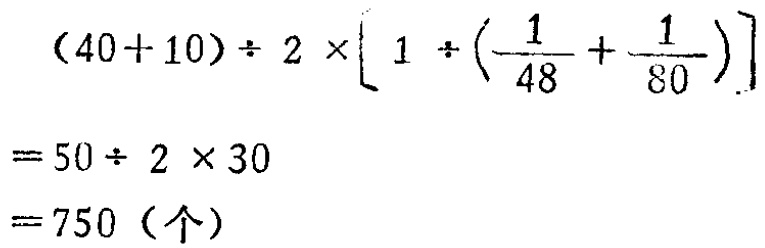
\[
\begin{align*}
&(40 + 10)\div 2\times\left[1\div\left(\frac{1}{48}+\frac{1}{80}\right)\right]\\
=&50\div 2\times30\\
=&750 (\text{个})
\end{align*}
\]